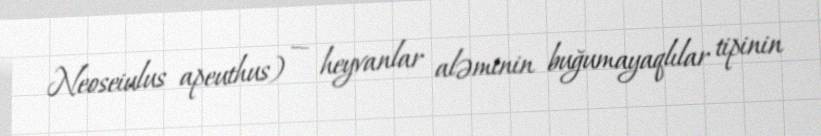
Neoseiulus apeuthus) — heyvanlar aləminin buğumayaqlılar tipinin